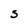
Character: S